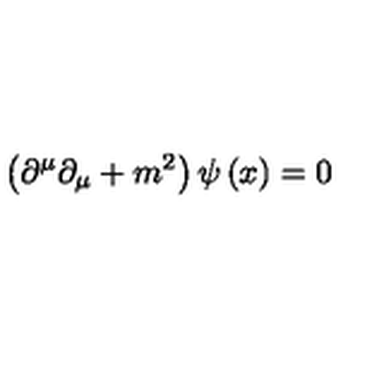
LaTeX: \left( \partial ^ { \mu } \partial _ { \mu } + m ^ { 2 } \right) \psi \left( x \right) = 0